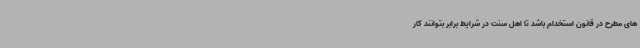
های مطرح در قانون استخدام باشد تا اهل سنت در شرایط برابر بتوانند کار